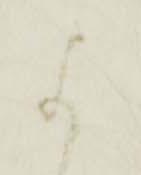
よ